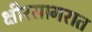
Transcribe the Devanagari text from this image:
क्षीरसागरात